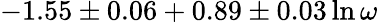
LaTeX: -1.55\pm 0.06+0.89\pm 0.03\ln\omega